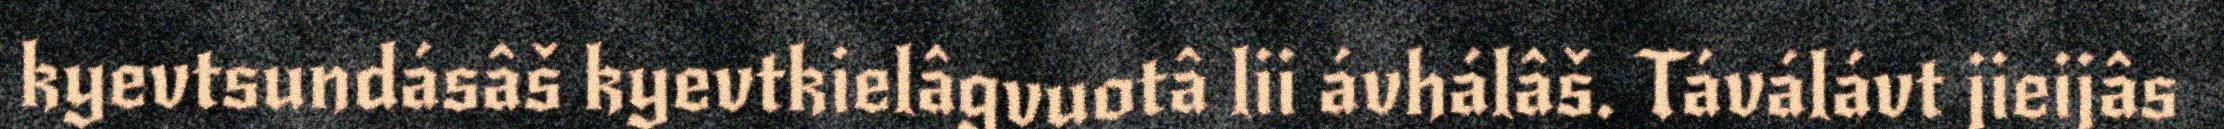
kyevtsundásâš kyevtkielâgvuotâ lii ávhálâš. Táválávt jieijâs